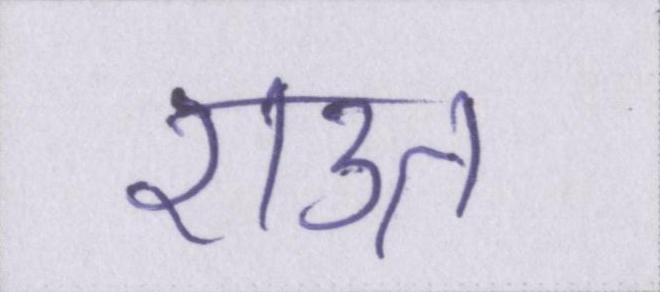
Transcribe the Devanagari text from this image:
राउत